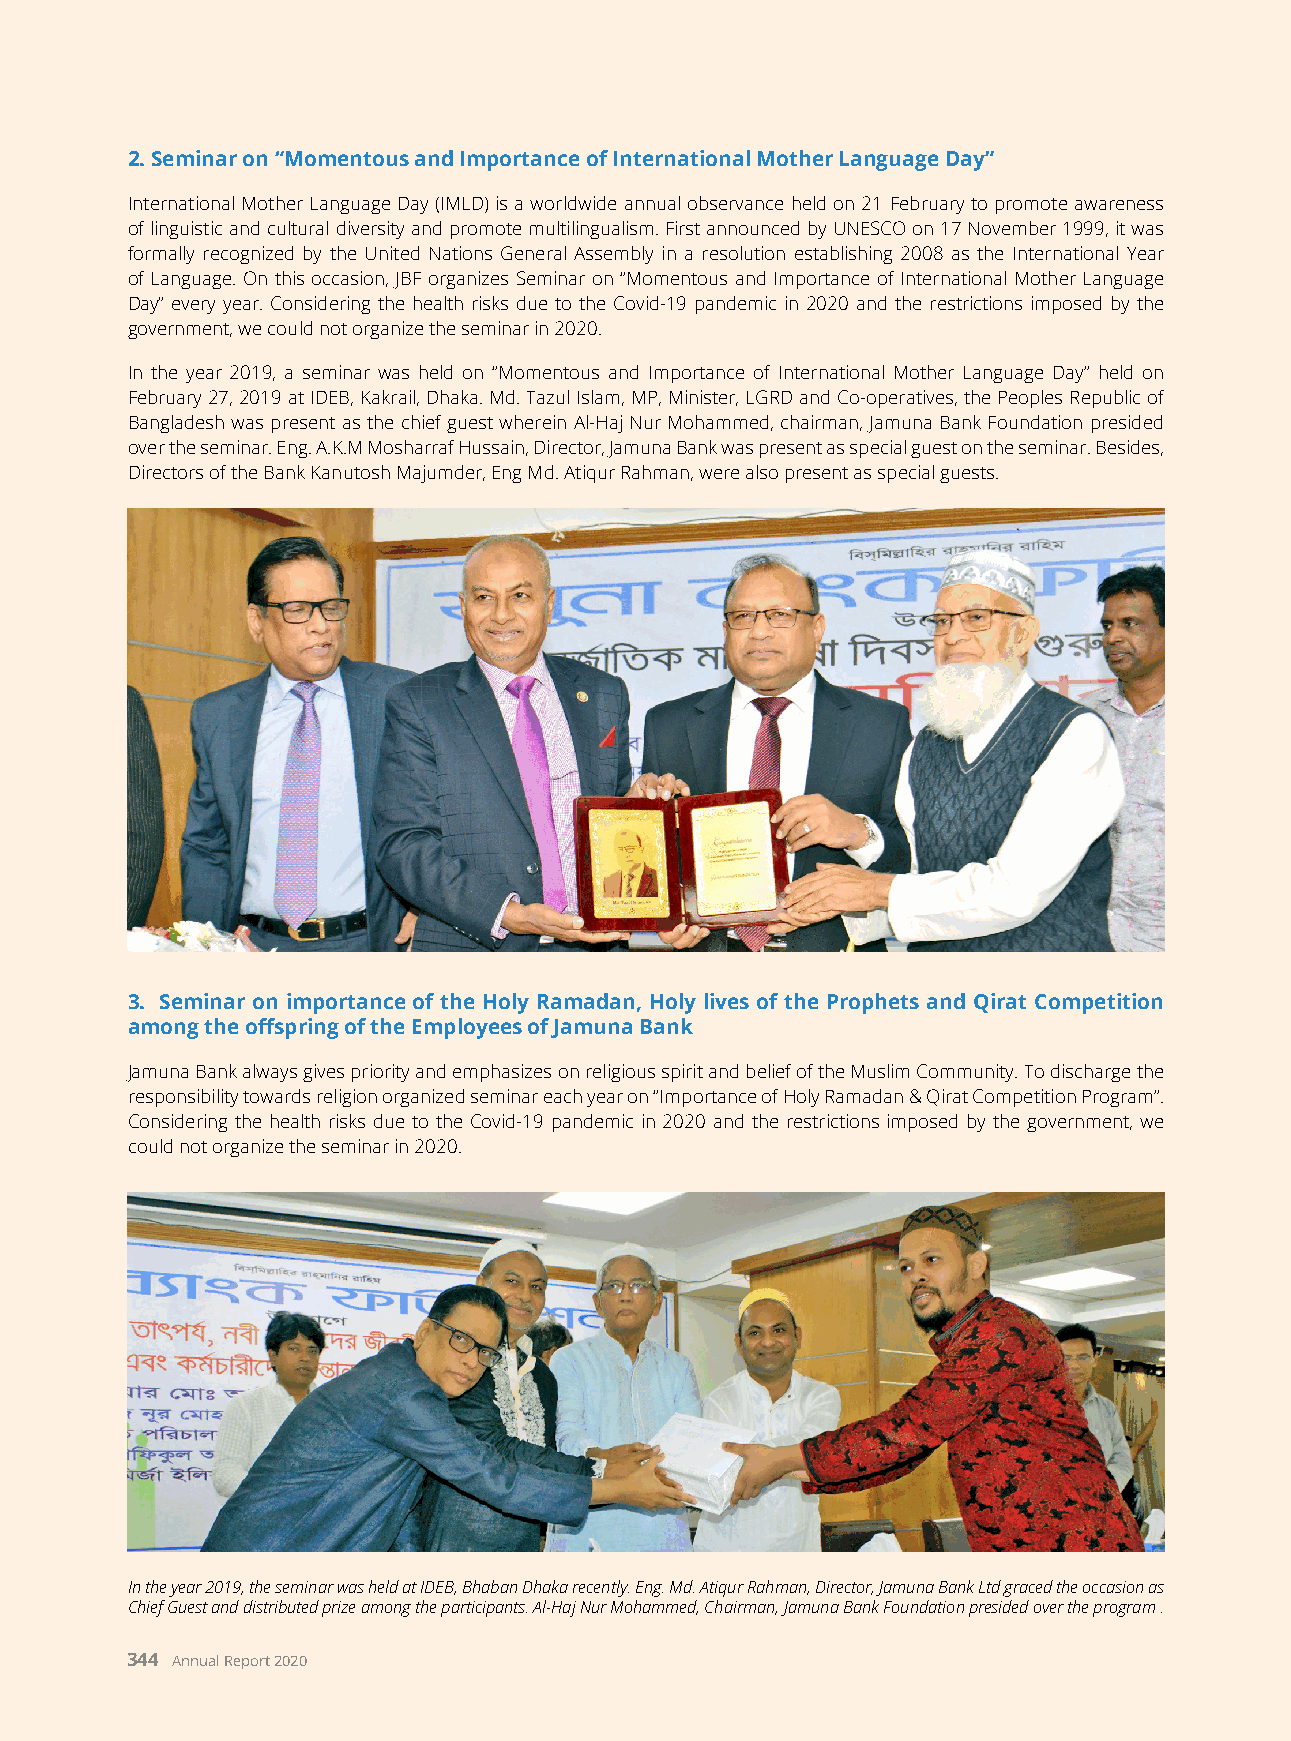
2. Seminar on “Momentous and Importance of International Mother Language Day”
 International Mother Language Day (IMLD) is a worldwide annual observance held on 21 February to promote awareness
 of linguistic and cultural diversity and promote multilingualism. First announced by UNESCO on 17 November 1999, it was
 formally recognized by the United Nations General Assembly in a resolution establishing 2008 as the International Year
 of Language. On this occasion, JBF organizes Seminar on “Momentous and Importance of International Mother Language
 Day” every year. Considering the health risks due to the Covid-19 pandemic in 2020 and the restrictions imposed by the
 government, we could not organize the seminar in 2020.
 In the year 2019, a seminar was held on “Momentous and Importance of International Mother Language Day” held on
 February 27, 2019 at IDEB, Kakrail, Dhaka. Md. Tazul Islam, MP, Minister, LGRD and Co-operatives, the Peoples Republic of
 Bangladesh was present as the chief guest wherein Al-Haj Nur Mohammed, chairman, Jamuna Bank Foundation presided
 over the seminar. Eng. A.K.M Mosharraf Hussain, Director, Jamuna Bank was present as special guest on the seminar. Besides,
 Directors of the Bank Kanutosh Majumder, Eng Md. Atiqur Rahman, were also present as special guests.
 3. Seminar on importance of the Holy Ramadan, Holy lives of the Prophets and Qirat Competition
 among the offspring of the Employees of Jamuna Bank
 Jamuna Bank always gives priority and emphasizes on religious spirit and belief of the Muslim Community. To discharge the
 responsibility towards religion organized seminar each year on “Importance of Holy Ramadan & Qirat Competition Program”.
 Considering the health risks due to the Covid-19 pandemic in 2020 and the restrictions imposed by the government, we
 could not organize the seminar in 2020.
 In the year 2019, the seminar was held at IDEB, Bhaban Dhaka recently. Eng. Md. Atiqur Rahman, Director, Jamuna Bank Ltd graced the occasion as
 Chief Guest and distributed prize among the participants. Al-Haj Nur Mohammed, Chairman, Jamuna Bank Foundation presided over the program .
 344 Annual Report 2020